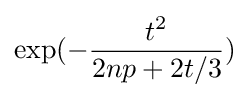
\exp(-{\frac {t^{2}}{2np+2t/3}})